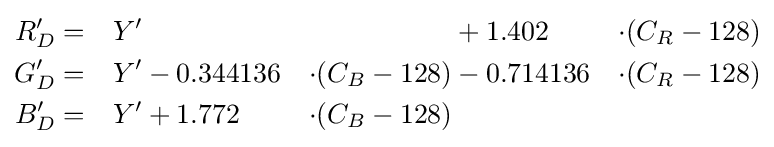
{\begin{aligned}R'_{D}&=&Y'&&&+1.402&\cdot (C_{R}-128)\\G'_{D}&=&Y'&-0.344136&\cdot (C_{B}-128)&-0.714136&\cdot (C_{R}-128)\\B'_{D}&=&Y'&+1.772&\cdot (C_{B}-128)&\end{aligned}}